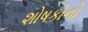
શોષકોનો